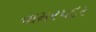
વામરપદર